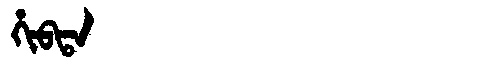
Manchu: ᡥᡳᠪᡨᠠ
Romanization: HIBTA